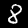
Digit: 8